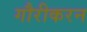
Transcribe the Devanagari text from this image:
गौरीकरन